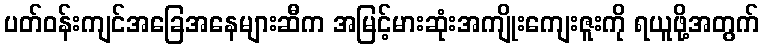
ပတ်ဝန်းကျင်အခြေအနေများဆီက အမြင့်မားဆုံးအကျိုးကျေးဇူးကို ရယူဖို့အတွက်